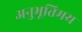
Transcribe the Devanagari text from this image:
अनुभूतिमय